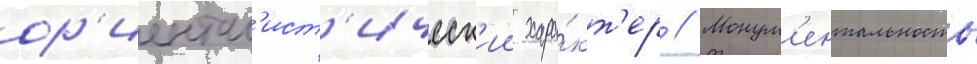
ор'иентал'ист'ическ'ии хара́кт'ер // Монум'ентальность